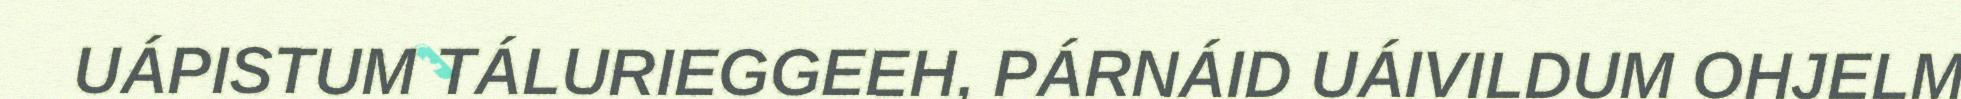
UÁPISTUM TÁLURIEGGEEH, PÁRNÁID UÁIVILDUM OHJELM